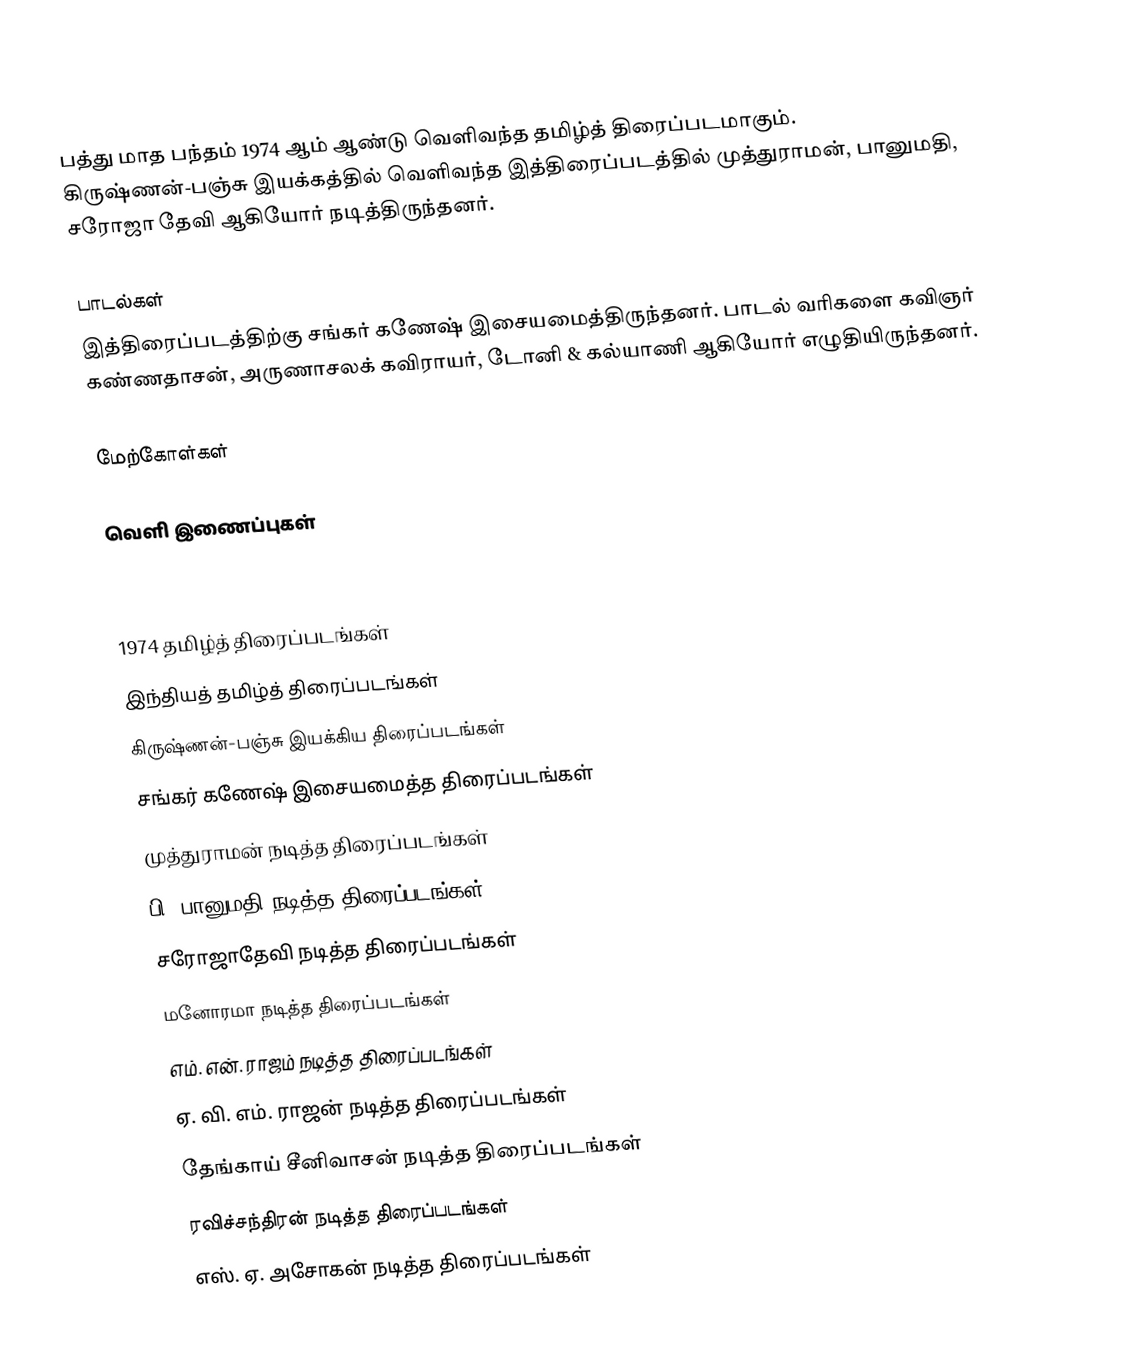
பத்து மாத பந்தம் 1974 ஆம் ஆண்டு வெளிவந்த தமிழ்த் திரைப்படமாகும். கிருஷ்ணன்-பஞ்சு இயக்கத்தில் வெளிவந்த இத்திரைப்படத்தில் முத்துராமன், பானுமதி, சரோஜா தேவி ஆகியோர் நடித்திருந்தனர்.

பாடல்கள்
இத்திரைப்படத்திற்கு சங்கர் கணேஷ் இசையமைத்திருந்தனர். பாடல் வரிகளை கவிஞர் கண்ணதாசன், அருணாசலக் கவிராயர், டோனி & கல்யாணி ஆகியோர் எழுதியிருந்தனர்.

மேற்கோள்கள்

வெளி இணைப்புகள்

1974 தமிழ்த் திரைப்படங்கள்
இந்தியத் தமிழ்த் திரைப்படங்கள்
கிருஷ்ணன்-பஞ்சு இயக்கிய திரைப்படங்கள்
சங்கர் கணேஷ் இசையமைத்த திரைப்படங்கள்
முத்துராமன் நடித்த திரைப்படங்கள்
பி. பானுமதி நடித்த திரைப்படங்கள்
சரோஜாதேவி நடித்த திரைப்படங்கள்
மனோரமா நடித்த திரைப்படங்கள்
எம். என். ராஜம் நடித்த திரைப்படங்கள்
ஏ. வி. எம். ராஜன் நடித்த திரைப்படங்கள்
தேங்காய் சீனிவாசன் நடித்த திரைப்படங்கள்
ரவிச்சந்திரன் நடித்த திரைப்படங்கள்
எஸ். ஏ. அசோகன் நடித்த திரைப்படங்கள்